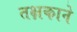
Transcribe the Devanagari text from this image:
तक्षकाने